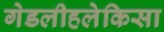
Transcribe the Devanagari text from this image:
गेडलीहलेकिसा